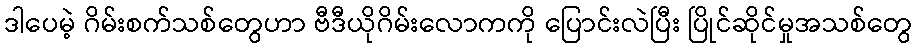
ဒါပေမဲ့ ဂိမ်းစက်သစ်တွေဟာ ဗီဒီယိုဂိမ်းလောကကို ပြောင်းလဲပြီး ပြိုင်ဆိုင်မှုအသစ်တွေ